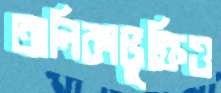
তালিকাভুক্তিও